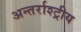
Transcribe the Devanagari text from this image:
अन्तर्राश्ट्रीय